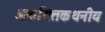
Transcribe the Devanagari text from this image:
अकथितकथनीय